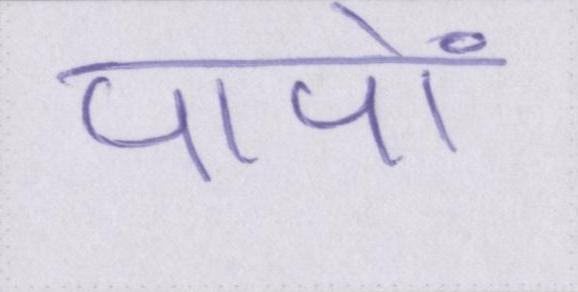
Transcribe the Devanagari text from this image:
पापों